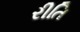
રીતિ